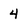
Character: 4